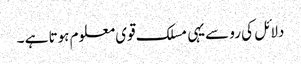
دلائل کی رو سےیہی مسلک قوی معلوم ہوتا ہے ۔